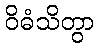
ဝိဓံသိတွာ